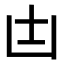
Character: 𠙽